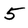
Character: 5